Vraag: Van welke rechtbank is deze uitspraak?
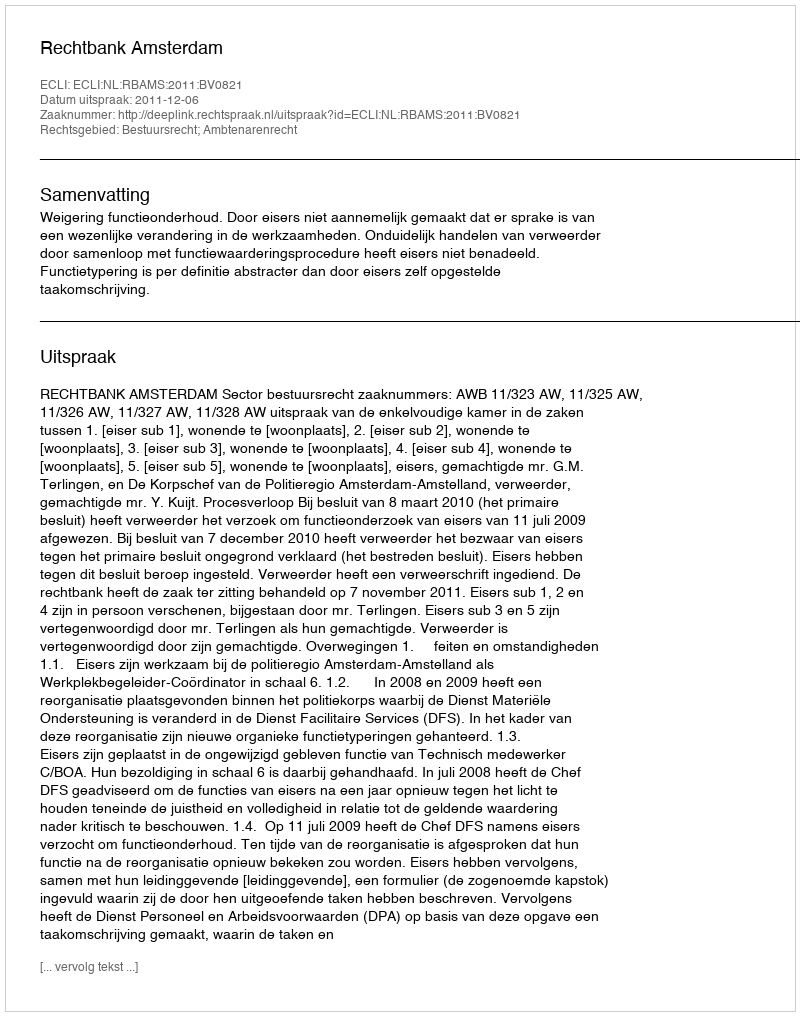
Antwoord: Rechtbank Amsterdam